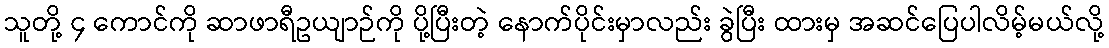
သူတို့ ၄ ကောင်ကို ဆာဖာရီဥယျာဉ်ကို ပို့ပြီးတဲ့ နောက်ပိုင်းမှာလည်း ခွဲပြီး ထားမှ အဆင်ပြေပါလိမ့်မယ်လို့